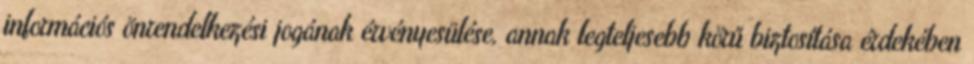
információs önrendelkezési jogának érvényesülése, annak legteljesebb körű biztosítása érdekében